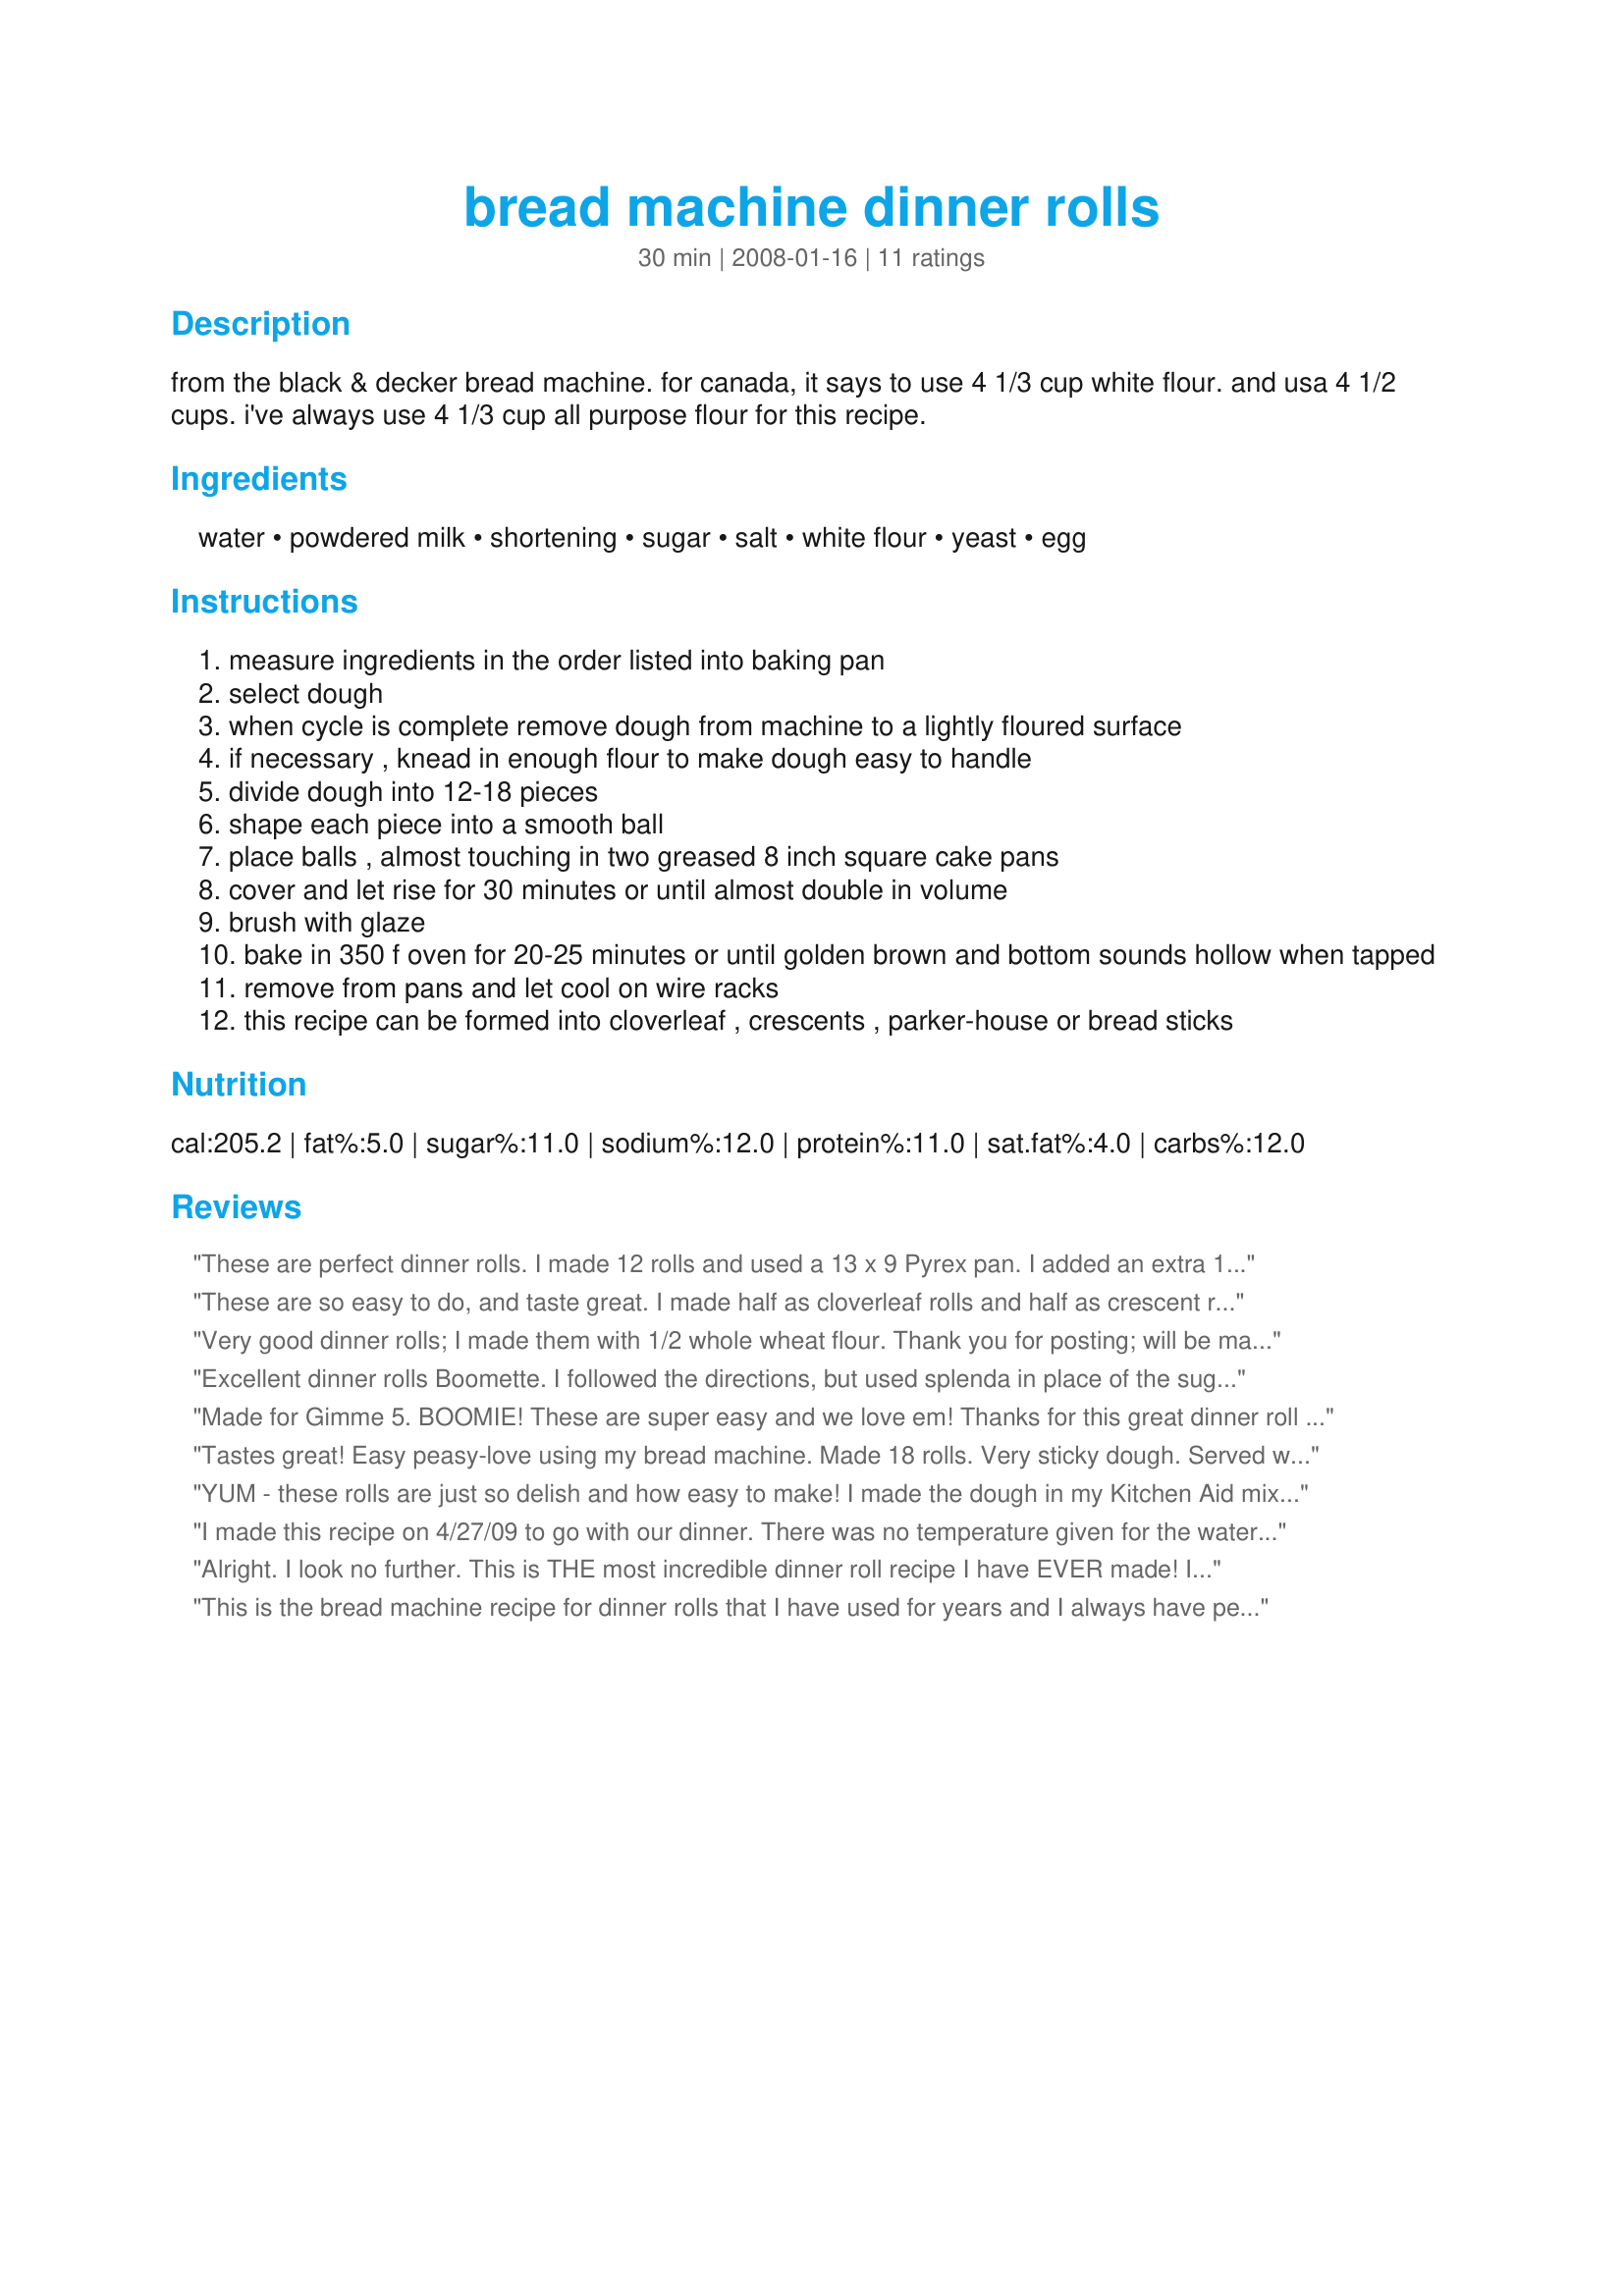
bread machine dinner rolls
Preparation time: 30 minutes

from the black & decker bread machine. for canada, it says to use 4 1/3 cup white flour. and usa 4 1/2 cups. i've always use 4 1/3 cup all purpose flour for this recipe.

Ingredients:
water, powdered milk, shortening, sugar, salt, white flour, yeast, egg

Steps:
measure ingredients in the order listed into baking pan
select dough
when cycle is complete remove dough from machine to a lightly floured surface
if necessary , knead in enough flour to make dough easy to handle
divide dough into 12-18 pieces
shape each piece into a smooth ball
place balls , almost touching in two greased 8 inch square cake pans
cover and let rise for 30 minutes or until almost double in volume
brush with glaze
bake in 350 f oven for 20-25 minutes or until golden brown and bottom sounds hollow when tapped
remove from pans and let cool on wire racks
this recipe can be formed into cloverleaf , crescents , parker-house or bread sticks

Reviews:
These are perfect dinner rolls. I made 12 rolls and used a 13 x 9 Pyrex pan. I added an extra 1/4 cup of flour because I noticed the dough was very sticky in the machine while it was mixing. After rising in the machine it was still a bit sticky so I oiled my hands to shape the dough. After about a 30 minute rise, I baked at 350* for 25 minutes and they were perfect. Thanks for a great and easy recipe!!
These are so easy to do, and taste great. I made half as cloverleaf rolls and half as crescent rolls, and sprinkled poppy seeds and sesame seeds on some after I glazed them. I got 14 rolls. I have always shied away from making rolls, but with this recipe I will do it more often!
Very good dinner rolls; I made them with 1/2 whole wheat flour. Thank you for posting; will be making these again. Made these for Everyday is a Holiday.
Rita
Excellent dinner rolls Boomette. I followed the directions, but used splenda in place of the sugar and doubled the yeast. I also skipped the glaze and that is probably why my rolls only browned slightly. The texture and flavor were perfect. So easy to make too. The dough is slightly sticky, so I oiled my hands prior to making each roll. They rose beautifully. I think next time I'll increased the temperature to 375 or 400 degrees, since it took a little longer for mine to cook, but I was also trying to get them to brown more. Thanks for sharing. Made for SSC Pet Parade
Made for Gimme 5. BOOMIE! These are super easy and we love em! Thanks for this great dinner roll recipe!
Tastes great! Easy peasy-love using my bread machine. Made 18 rolls. Very sticky dough. Served with recipe#464910. Thanks Boomette for posting.
YUM - these rolls are just so delish and how easy to make! I made the dough in my Kitchen Aid mixer and used regular milk warmed on the stove instead of water and milk powder. I melted the butter in the milk and added the other ingredients. I let the dough rise for about 50 min and formed them into balls (got 21) and let them rise for another 45 min, popped them in the oven and they came out just beautiful.
I made this recipe on 4/27/09 to go with our dinner. There was no temperature given for the water, so I warmed it between 75 and 85 degrees. I continued with the recipe this way, after adding the sugar 4 cups of flour was added next. Then I made two little " wells " in the flour, placed the salt in one and the yeast in the other. About 10 minutes into the mixing time, another 1/3 cup of flour was added. After the machine was finished "doing it's thing " :). The dough was formed into balls, and placed into a lightly greased 8 in. by 11 in. pan. I let them rise in a warm oven for 30 minutes, baked them for 20 minutes.The glaze part was skipped, and melted margarine was lightly brushed on the tops when the rolls came out of the oven.The taste was good enough for me to make them again. Thanks for posting and, "Keep Smiling :)
Alright. I look no further. This is THE most incredible dinner roll recipe I have EVER made! I did have to tweek it a bit. I put the warm water in a bowl and added the yeast for a few minutes while I got the rest of the dry stuff in the bm. I used a tbs. of honey instead of white sugar. It was a little dry, so I added a splash of 1/2 & 1/2, and another 2 tbs of butter. I made cloverleaf rolls and it took a hour to rise. These are AMAZING! A keeper for sure!!! Thank you for sharing!! XO LA :-)
This is the bread machine recipe for dinner rolls that I have used for years and I always have people requesting them. I don't even bother glazing them if I'm in a hurry. For holidays and to save time, I've made them ahead, baked and all, then pulled them out of the freezer the day of.
Excellent dinner rolls made easier with the Bread machine. Instead of using a glaze, I melted some butter and drizzled it over the buns for that nice buttery taste. I have made these up using buttermilk powder in place of the powdered milk and have exchanged some of the white flour with whole wheat. My guests never fail to appreciate homemade buns and thinking of all the time and effort that went into making them!! You can't go wrong with this recipe!! Kudos!
